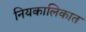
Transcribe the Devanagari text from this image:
नियकालिकात